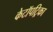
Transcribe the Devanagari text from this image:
केटॉपट्रिका